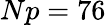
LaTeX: Np=76